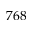
7 6 8